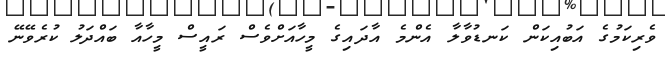
ވެރިކަމުގެ އަބުއިކަން ކަނޑުވާލާ އެންމެ އާދައިގެ މީހާއަށްވެސް ރައީސް މީހާއާ ބައްދަލު ކުރެވޭނޭ